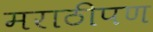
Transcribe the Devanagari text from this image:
मराठीपण